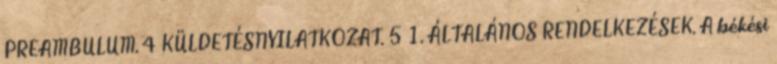
PREAMBULUM. 4 KÜLDETÉSNYILATKOZAT. 5 1. ÁLTALÁNOS RENDELKEZÉSEK. A békési